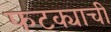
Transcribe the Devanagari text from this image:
फटक्याची